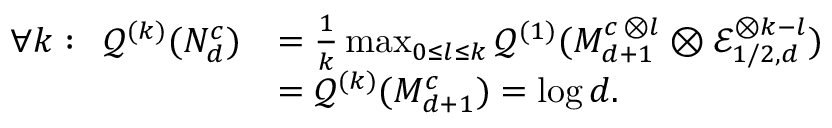
\begin{array} { r l } { \forall k : \, \, \, \mathcal { Q } ^ { ( k ) } ( { \cal N } _ { d } ^ { c } ) } & { = \frac { 1 } { k } \operatorname* { m a x } _ { 0 \leq l \leq k } \mathcal { Q } ^ { ( 1 ) } ( { \cal M } _ { d + 1 } ^ { c \, \otimes l } \otimes \mathcal { E } _ { 1 / 2 , d } ^ { \otimes k - l } ) } \\ & { = \mathcal { Q } ^ { ( k ) } ( { \cal M } _ { d + 1 } ^ { c } ) = \log d . } \end{array}